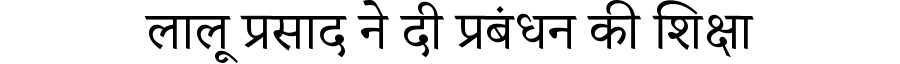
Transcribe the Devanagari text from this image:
लालू प्रसाद ने दी प्रबंधन की शिक्षा